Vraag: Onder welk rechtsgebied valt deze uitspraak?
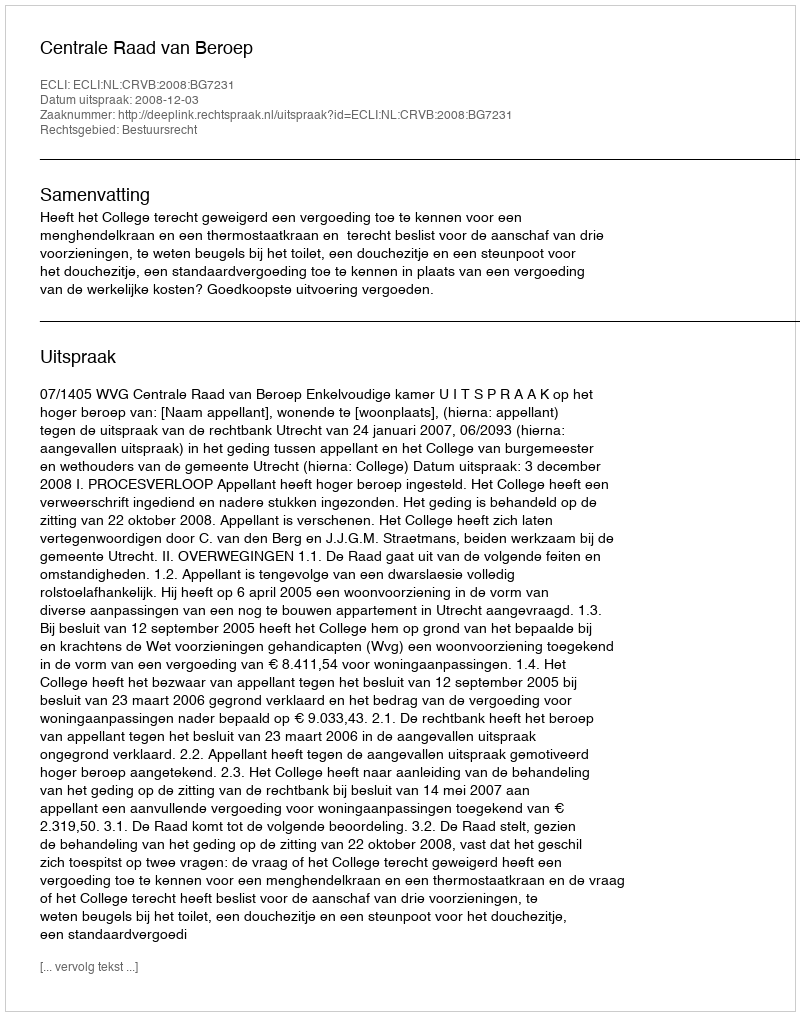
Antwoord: Bestuursrecht